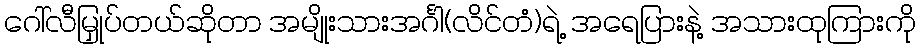
ဂေါ်လီမြှုပ်တယ်ဆိုတာ အမျိုးသားအင်္ဂါ(လိင်တံ)ရဲ့ အရေပြားနဲ့ အသားထုကြားကို